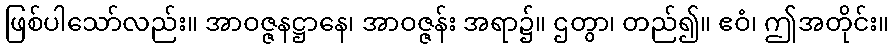
ဖြစ်ပါသော်လည်း။ အာဝဇ္ဇနဋ္ဌာနေ၊ အာဝဇ္ဇန်း အရာ၌။ ဌတွာ၊ တည်၍။ ဧဝံ၊ ဤအတိုင်း။